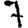
Digit: 7